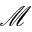
\mathcal { M }